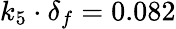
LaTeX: k_{5}\cdot\delta_{f}=0.082